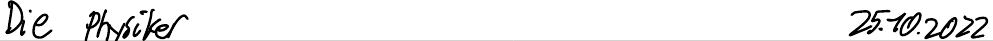
Die Physiker     25.10.2022